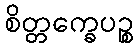
စိတ္တက္ခေပဉ္စ